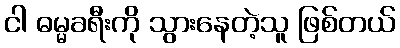
ငါ ဓမ္မခရီးကို သွားနေတဲ့သူ ဖြစ်တယ်